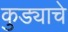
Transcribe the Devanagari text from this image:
कुड्याचे